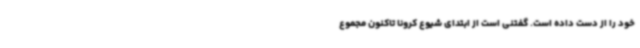
خود را از دست داده‌ است. گفتنی است از ابتدای شیوع کرونا تاکنون مجموع